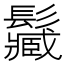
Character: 𩯩